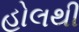
હોલથી